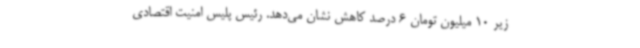
زیر 10 میلیون تومان 6 درصد کاهش نشان می‌دهد. رئیس پلیس امنیت اقتصادی